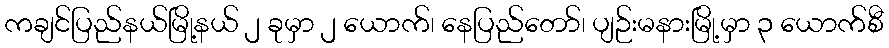
ကချင်ပြည်နယ်မြို့နယ် ၂ ခုမှာ ၂ ယောက်၊ နေပြည်တော်၊ ပျဉ်းမနားမြို့မှာ ၃ ယောက်စီ